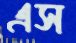
এস